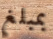
بمبلغ